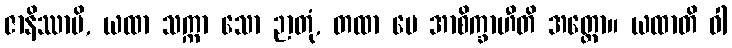
ဇာနိဿာမိ, ယထာ သက္ကာ သော ဉာတုံ, တထာ မေ အာစိက္ခာဟီတိ အတ္ထော။ ယထာတိ ဝါ